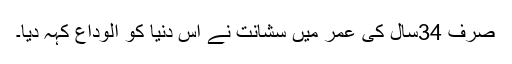
صرف 34سال کی عمر میں سشانت نے اس دنیا کو الوداع کہہ دیا۔